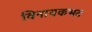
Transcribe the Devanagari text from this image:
विनायकभट